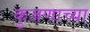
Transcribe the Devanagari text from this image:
कुजणाच्या